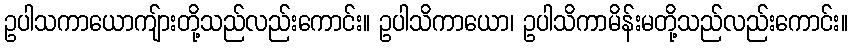
ဥပါသကာယောကျ်ားတို့သည်လည်းကောင်း။ ဥပါသိကာယော၊ ဥပါသိကာမိန်းမတို့သည်လည်းကောင်း။